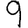
Digit: 9